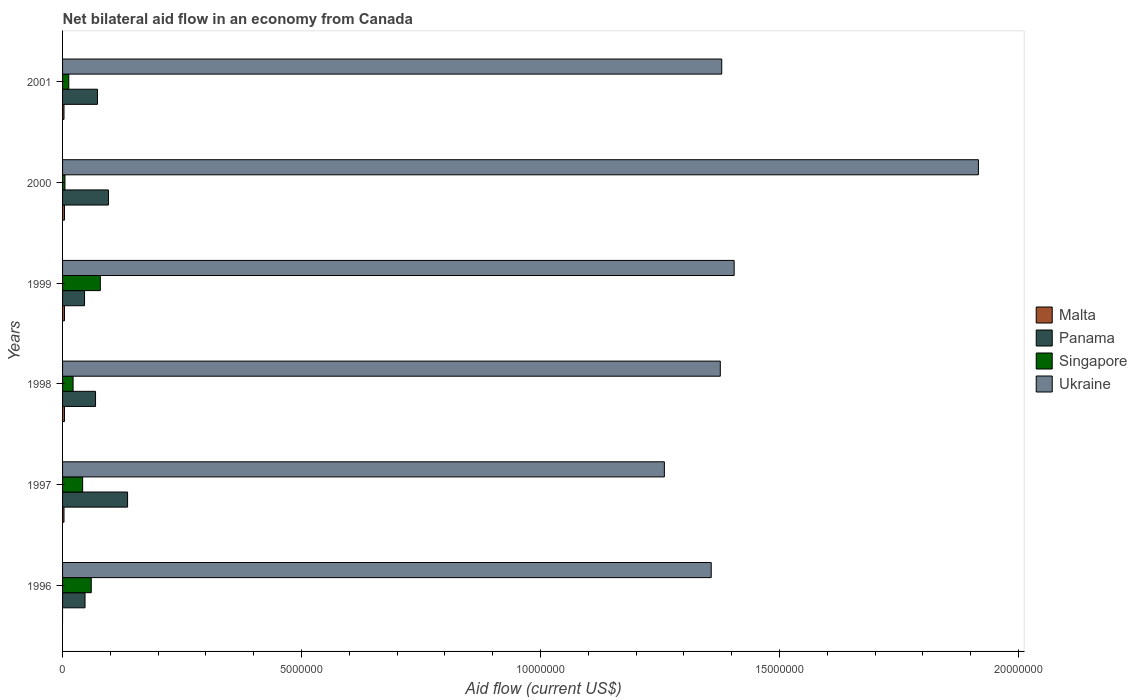
| Years | Malta | Panama | Singapore | Ukraine |
 | --- | --- | --- | --- | --- |
 | 1996 | -2e+04 | 4.7e+05 | 6e+05 | 1.36e+07 |
 | 1997 | 3e+04 | 1.36e+06 | 4.2e+05 | 1.26e+07 |
 | 1998 | 4e+04 | 6.9e+05 | 2.2e+05 | 1.38e+07 |
 | 1999 | 4e+04 | 4.6e+05 | 7.9e+05 | 1.40e+07 |
 | 2000 | 4e+04 | 9.6e+05 | 5e+04 | 1.92e+07 |
 | 2001 | 3e+04 | 7.3e+05 | 1.3e+05 | 1.38e+07 |